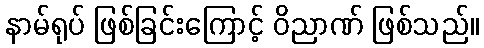
နာမ်ရုပ် ဖြစ်ခြင်းကြောင့် ဝိညာဏ် ဖြစ်သည်။